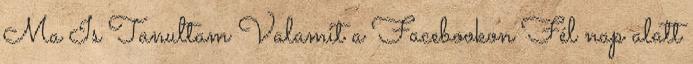
Ma Is Tanultam Valamit a Facebookon Fél nap alatt